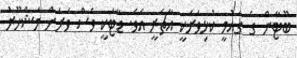
ބޫޓާން ގެ ގައުމީ ކުޅިވަރަކީ އާޗެރީ އެވެ. ޑާޓަކީ ވެސް ވަރަށް މަޝްހޫރު